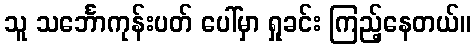
သူ သင်္ဘောကုန်းပတ် ပေါ်မှာ ရှုခင်း ကြည့်နေတယ်။